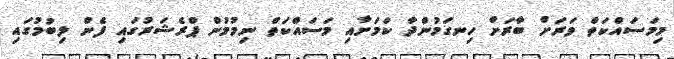
މިމަސައްކަތް ވަރަށް ބާރަށް ހިނގަމުންދާ ކަމަށާއި މަސައްކަތް ނިމުމުން ޕްރެޝަރުގައި ފެން ލިބުމުގައި